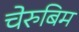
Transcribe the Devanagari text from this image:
चेरुबिम